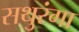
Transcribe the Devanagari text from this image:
सथुरंगा